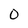
Character: O